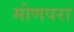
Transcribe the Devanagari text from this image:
मोणपरा